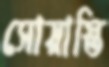
সোয়াস্তি